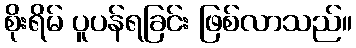
စိုးရိမ် ပူပန်ရခြင်း ဖြစ်လာသည်။